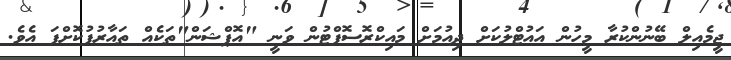
ޖީމެއިލް ބޭނުންކުރާ މީހުން އައުޓްލުކަށް ދިއުމަށް މައިކްރޮސޮފްޓުން ވަނީ "އޮޕްޝަން"ތަކެއް ތައާރުފުކޮށްފަ އެވެ.